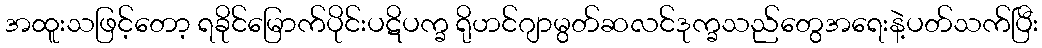
အထူးသဖြင့်တော့ ရခိုင်မြောက်ပိုင်းပဋိပက္ခ ရိုဟင်ဂျာမွတ်ဆလင်ဒုက္ခသည်တွေအရေးနဲ့ပတ်သက်ပြီး